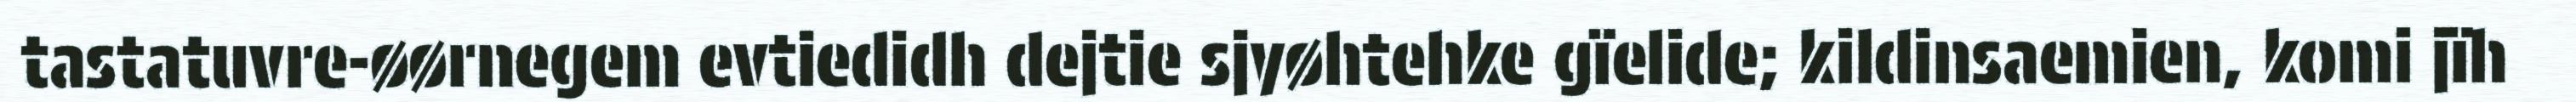
tastatuvre-øørnegem evtiedidh dejtie sjyøhtehke gïelide; kildinsaemien, komi jïh